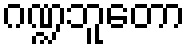
ဂဏ္ဍဘူတော